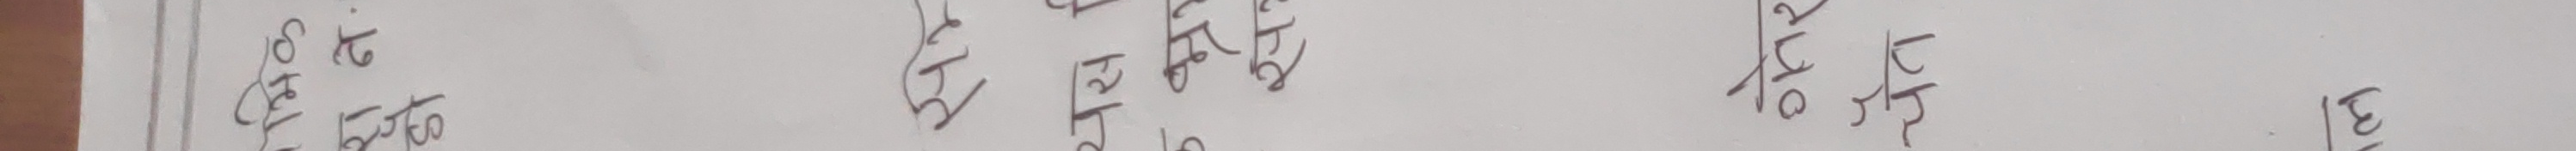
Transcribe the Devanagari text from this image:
भविष्य नेपाली नेपाली
चाहिन के को
कि छैन चाहिँ